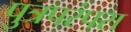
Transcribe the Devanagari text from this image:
पुत्रपरंपरा